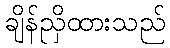
ချိန်ညှိထားသည်